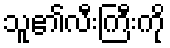
သူ၏လီးကြီးကို